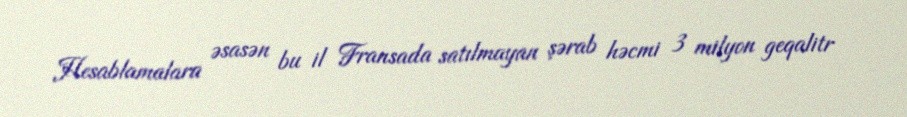
Hesablamalara əsasən bu il Fransada satılmayan şərab həcmi 3 milyon geqalitr